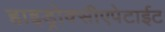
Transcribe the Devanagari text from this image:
हाइड्रोक्सीएपेटाईट